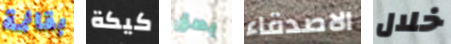
بقائمة كيكة بصق الاصدقاء خلال